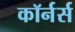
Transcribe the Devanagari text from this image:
कॉर्नर्स